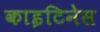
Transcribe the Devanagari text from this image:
काइटिनेस